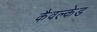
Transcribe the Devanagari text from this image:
कैवल्केड